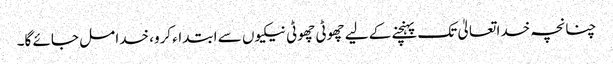
چنانچہ خدا تعالیٰ تک پہنچنے کے لیے چھوٹی چھوٹی نیکیوں سے ابتداء کرو، خدا مل جائے گا۔